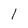
Character: I